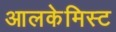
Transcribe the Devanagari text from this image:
आलकेमिस्ट